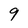
Character: 9